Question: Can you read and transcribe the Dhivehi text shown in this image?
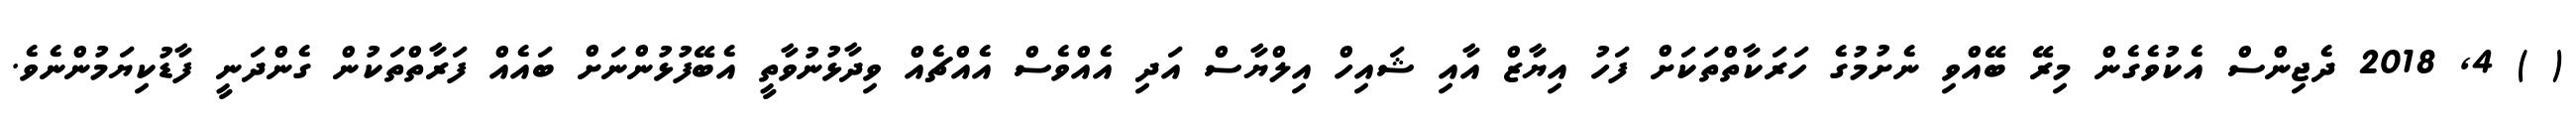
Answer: ( ) 4, 2018 ދެޖިންސް އެކުވެގެން މިރޭ ބޭއްވި ނެށުމުގެ ހަރަކާތްތަކަށް ފަހު އިޔާޒް އާއި ޝައިހް އިލްޔާސް އަދި އެއްވެސް އެއްޗެއް ވިދާޅުނުވާތީ އެބޭފުޅުންނަށް ބައެއް ފަރާތްތަކުން ގެންދަނީ ފާޑުކިޔަމުންނެވެ.